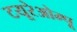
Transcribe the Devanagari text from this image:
टयूरेओम्पू